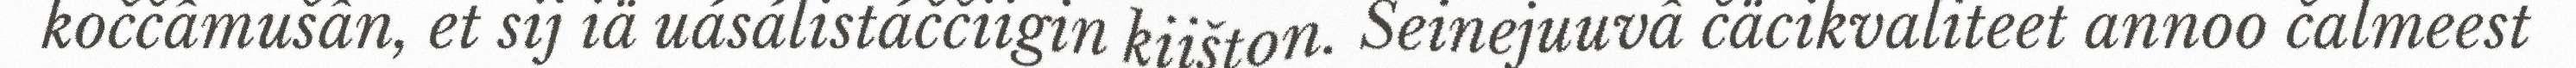
koččâmušân, et sij iä uásálistáččiigin kiišton. Seinejuuvâ čäcikvaliteet annoo čalmeest